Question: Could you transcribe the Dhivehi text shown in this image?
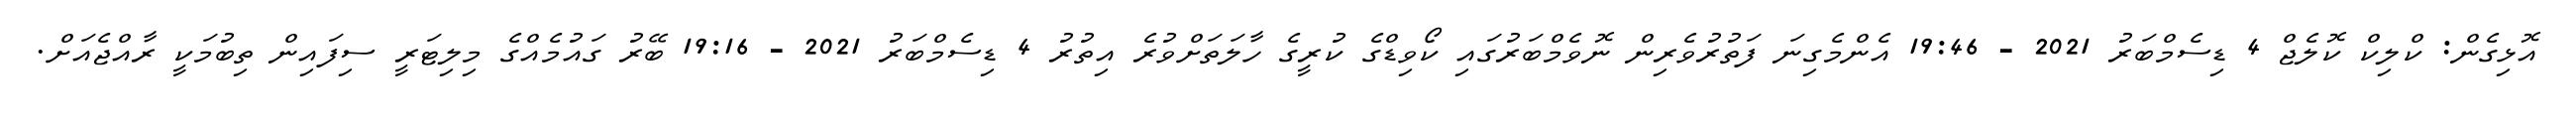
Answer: އޮޅިގެން: ކްލިކް ކޮލެޖް 4 ޑިސެމްބަރު 2021 - 19:46 އެންމެގިނަ ފަތުރުވެރިން ނޮވެމްބަރުގައި ކޯވިޑްގެ ކުރީގެ ހާލަތަށްވުރެ އިތުރު 4 ޑިސެމްބަރު 2021 - 19:16 ބޭރު ގައުމެއްގެ މިލިޓަރީ ސިފައިން ތިބުމަކީ ރާއްޖެއަށް.